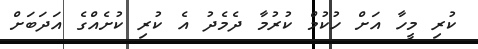
ކުރި މީހާ އަށް ހުުކުމް ކުރުމާ ދެމެދު އެ ކުރި ކުށެއްގެ އަދަބަށް